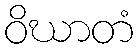
ဝိဃာတံ